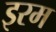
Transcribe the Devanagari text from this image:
इरम